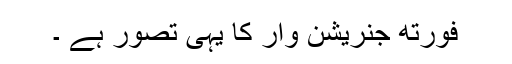
فورتھ جنریشن وار کا یہی تصور ہے ۔